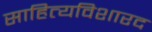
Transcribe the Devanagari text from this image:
साहित्यविशारद